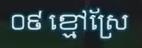
០៩ ខ្មៅស្រែ